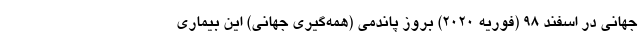
جهانی در اسفند ۹۸ (فوریه ۲۰۲۰) بروز پاندمی (همه‌گیری جهانی) این بیماری